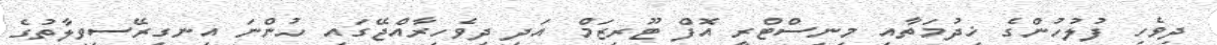
ދިވެހި ފުލުހުންގެ ޚިދުމަތާއި މިނިސްޓްރީ އޮފް ޓޫރިޒަމް އަދި ދިވެހިރާއްޖޭގައި ހުންނަ އިނގިރޭސިވިލާތުގެ